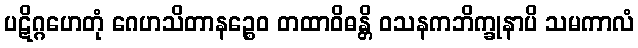
ပဋိဂ္ဂဟေတုံ ဂေဟသိတာနဉ္စေဝ တထာဝိဓန္တိ ဝသနကဘိက္ခုနာပိ သမကာလံ